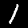
Label: 1